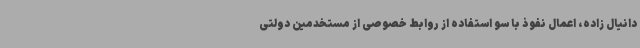
دانیال زاده، اعمال نفوذ با سو استفاده از روابط خصوصی از مستخدمین دولتی